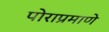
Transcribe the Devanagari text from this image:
पोराप्रमाणे